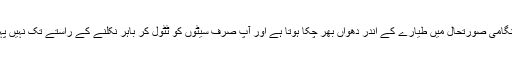
اکثر اوقات ہنگامی صورتحال میں طیارے کے اندر دھواں بھر چکا ہوتا ہے اور آپ صرف سیٹوں کو ٹٹول کر باہر نکلنے کے راستے تک نہیں پہنچ پاتے ہیں۔